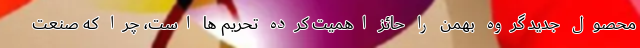
محصول جدید گروه بهمن را حائز اهمیت کرده تحریم ها است، چرا که صنعت